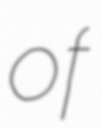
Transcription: of